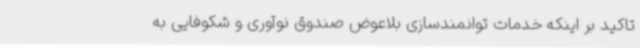
تاکید بر اینکه خدمات توانمندسازی بلاعوض صندوق نوآوری و شکوفایی به